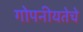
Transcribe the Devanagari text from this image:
गोपनीयतेचे